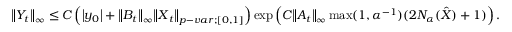
\begin{array} { r } { { \left\lVert { Y _ { t } } \right\rVert } _ { \infty } \leq C \left( \left| y _ { 0 } \right| + { \left\lVert { B _ { t } } \right\rVert } _ { \infty } { \left\lVert { \boldsymbol { X } _ { t } } \right\rVert } _ { p - v a r ; [ 0 , 1 ] } \right) \exp \left( C { \left\lVert { A _ { t } } \right\rVert } _ { \infty } \operatorname* { m a x } ( 1 , \alpha ^ { - 1 } ) ( 2 N _ { \alpha } ( \boldsymbol { \hat { X } } ) + 1 ) \right) . } \end{array}